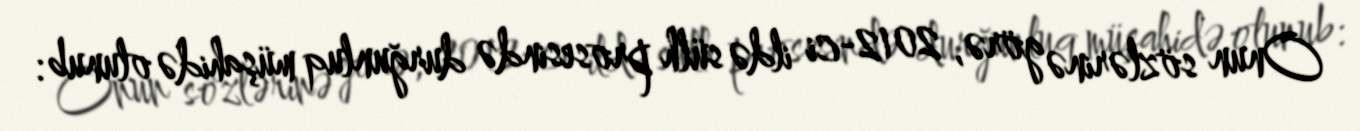
Onun sözlərinə görə, 2012-ci ildə sülh prosesində durğunluq müşahidə olunub: